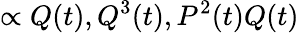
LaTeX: \propto Q(t),Q^{3}(t),P^{2}(t)Q(t)